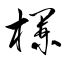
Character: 欄